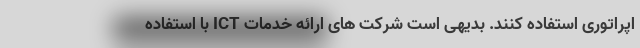
اپراتوری استفاده کنند. بدیهی است شرکت های ارائه خدمات ICT با استفاده